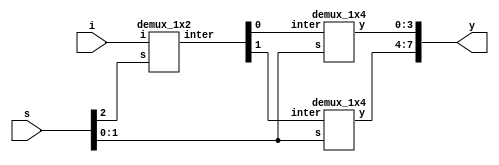
module demux_1x8(
  output [7:0]y,
  input i,
  input [2:0]s
);

  wire [1:0]inter;
  demux_1x2 m1(inter, i,s[2]);
  demux_1x4 m2(y[3:0],inter[0],s[1:0]);
  demux_1x4 m3(y[7:4],inter[1],s[1:0]);
endmodule

module demux_1x4(
  output [3:0]y,
  input inter,
  input [1:0]s
);

  wire p, q;
  not n1(p,s[1]);
  not n2(q,s[0]);
  and a1(y[0],inter,p,q);
  and a2(y[1],inter,p,s[0]);
  and a3(y[2],inter,s[1],q);
  and a4(y[3],inter,s[1],s[0]);
endmodule

module demux_1x2(
  output [1:0]inter,
  input i,
  input s
);

  wire w;
  not n1(w,s);
  and a1(inter[0],i,w);
  and a2(inter[1],i,s);
endmodule